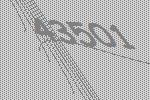
43501